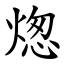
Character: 㷓